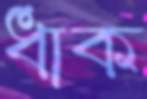
ধাক